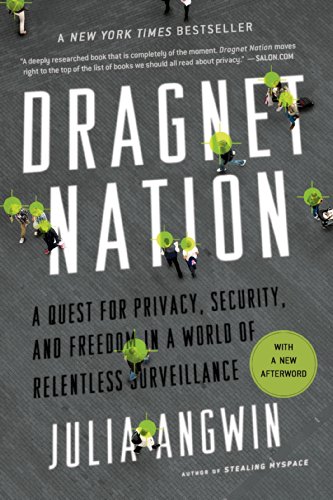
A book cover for Dragnet Nation: A Quest for Privacy, Security, and Freedom in a World of Relentless Surveillance; Julia Angwin; Computers & Technology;